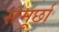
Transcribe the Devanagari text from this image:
संमूर्छा